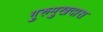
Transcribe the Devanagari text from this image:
गुरुमुखदास